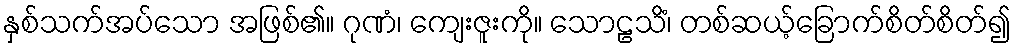
နှစ်သက်အပ်သော အဖြစ်၏။ ဂုဏံ၊ ကျေးဇူးကို။ သောဠသိံ၊ တစ်ဆယ့်ခြောက်စိတ်စိတ်၍